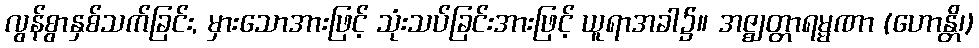
လွန်စွာနှစ်သက်ခြင်း, မှားသောအားဖြင့် သုံးသပ်ခြင်းအားဖြင့် ယူရာအခါ၌။ အဇ္ဈတ္တာရမ္မဏာ (ဟောန္တိ၊)